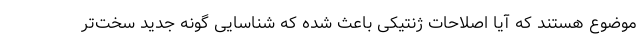
موضوع هستند که آیا اصلاحات ژنتیکی باعث شده که شناسایی گونه جدید سخت‌تر